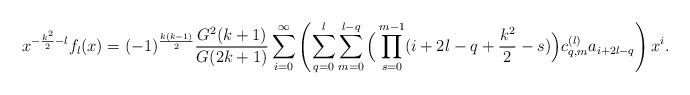
LaTeX: \begin{align*}x^{-\frac{k^2}{2}-l} f_l(x)=(-1)^{\frac{k(k-1)}{2}} \frac{G^2(k+1)}{G(2k+1)} \sum_{i=0}^\infty \left( \sum_{q=0}^{l} \sum_{m=0}^{l-q} \Big(\prod_{s=0}^{m-1} (i+2l-q+\frac{k^2}{2}-s)\Big) c_{q,m}^{(l)} a_{i+2l-q} \right)x^i.\end{align*}